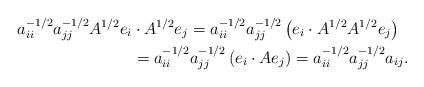
LaTeX: \begin{align*}a_{ii}^{-1/2}a_{jj}^{-1/2}A^{1/2}e_i&\cdot A^{1/2}e_j = a_{ii}^{-1/2}a_{jj}^{-1/2}\left(e_i\cdot A^{1/2}A^{1/2}e_j\right) \\ &= a_{ii}^{-1/2}a_{jj}^{-1/2}\left(e_i\cdot Ae_j\right) = a_{ii}^{-1/2}a_{jj}^{-1/2}a_{ij}.\end{align*}